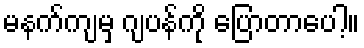
မနက်ကျမှ ဂျပန်ကို ပြောတာပေါ့။